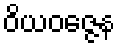
ဝိယဝဇ္ဇေန